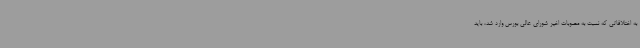
به اختلافاتی که نسبت به مصوبات اخیر شورای عالی بورس وارد شد، باید